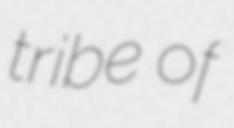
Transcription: tribe of